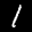
Label: 1